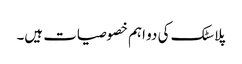
پلاسٹک کی دو اہم خصوصیات ہیں۔